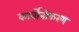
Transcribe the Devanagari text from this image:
कार्बोनीकरण